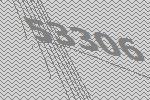
53306